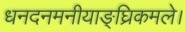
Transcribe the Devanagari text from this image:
धनदनमनीयाङ्‌घ्रिकमले।